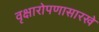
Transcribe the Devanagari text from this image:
वृक्षारोपणासारखे